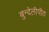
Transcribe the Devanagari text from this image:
बुन्देलीपीठ